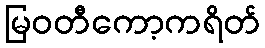
မြဝတီကော့ကရိတ်